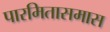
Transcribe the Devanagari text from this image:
पारमितासमास